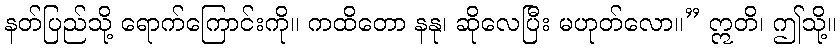
နတ်ပြည်သို့ ရောက်ကြောင်းကို။ ကထိတော နနု၊ ဆိုလေပြီး မဟုတ်လော။” ဣတိ၊ ဤသို့။